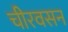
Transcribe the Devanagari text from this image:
चीरवसन